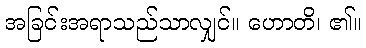
အခြင်းအရာသည်သာလျှင်။ ဟောတိ၊ ၏။